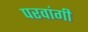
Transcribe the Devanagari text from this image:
परवांगी